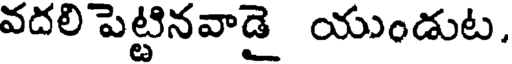
వదలి పెట్టినవాడై యుండుట.